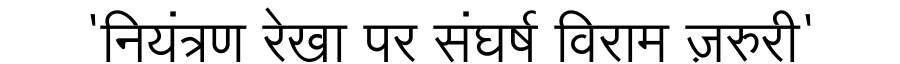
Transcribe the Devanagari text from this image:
'नियंत्रण रेखा पर संघर्ष विराम ज़रुरी'